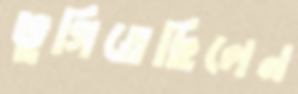
ভুগিতেছিলেন